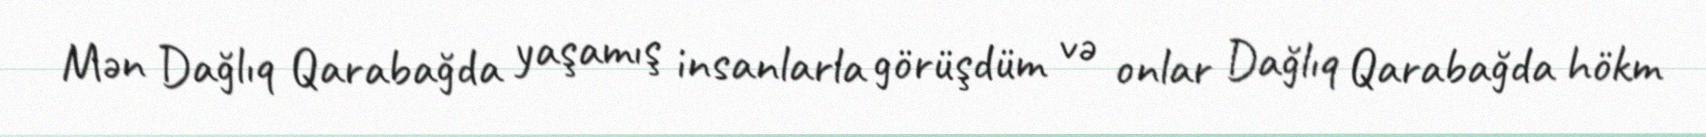
Mən Dağlıq Qarabağda yaşamış insanlarla görüşdüm və onlar Dağlıq Qarabağda hökm